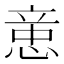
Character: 𰑻